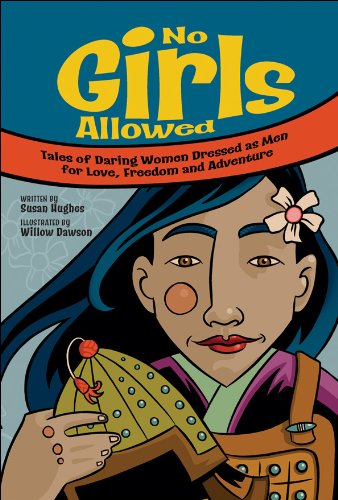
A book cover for No Girls Allowed: Tales of Daring Women Dressed as Men for Love, Freedom and Adventure; Susan Hughes; Children's Books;